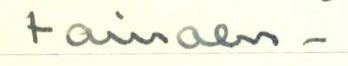
toivoen -